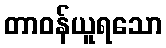
တာဝန်ယူရသော